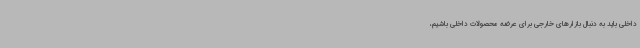
داخلی باید به دنبال بازارهای خارجی برای عرضه محصولات داخلی باشیم،